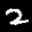
Label: 2